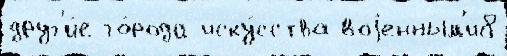
друг'и́е го́рода иску́сства воjенным'и8